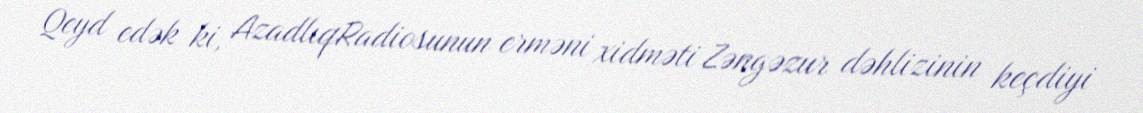
Qeyd edək ki, AzadlıqRadiosunun erməni xidməti Zəngəzur dəhlizinin keçdiyi